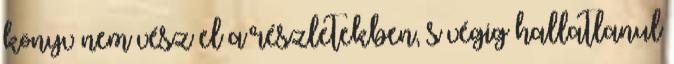
könyv nem vész el a részletekben, s végig hallatlanul